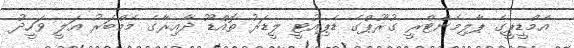
އެމްޑީޕީގެ ޕާލިމެންޓްރީ ގުރޫޕްގެ ޑެޕިއުޓީ ލީޑަރު ތޮއްޑޫ ދާއިރާގެ މެމްބަރު އަލީ ވަހީދު